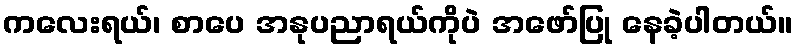
ကလေးရယ်၊ စာပေ အနုပညာရယ်ကိုပဲ အဖော်ပြု နေခဲ့ပါတယ်။